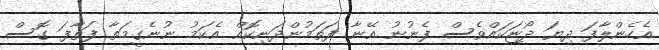
އެހެންލާފަ ދިޔަ ދޯޏަކައްވެސް ފެނުނު އޭނާ ފަތަމުންދަނިކޮއް އެކަމު ނުނެގީމަތާ ފަތާފަ ގޮސް